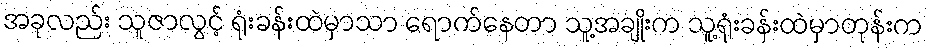
အခုလည်း သူဇာလွင့် ရုံးခန်းထဲမှာသာ ရောက်နေတာ သူ့အချိုးက သူ့ရုံးခန်းထဲမှာတုန်းက